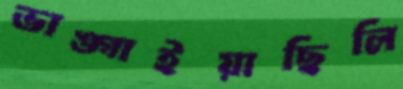
ভাঙ্গাইয়াছিলি